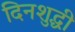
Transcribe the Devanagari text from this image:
दिनशुद्धी